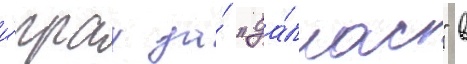
и́грах за́ "да́ллас" в